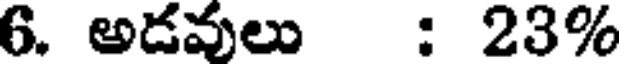
6. అడవులు : 23%